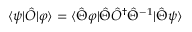
\langle \psi | \hat { O } | \varphi \rangle = \langle \hat { \Theta } \varphi | \hat { \Theta } \hat { O } ^ { \dagger } \hat { \Theta } ^ { - 1 } | \hat { \Theta } \psi \rangle